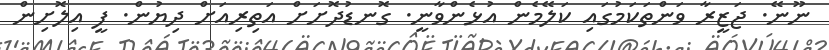
ނޫނޭ. ޖަޒީރާ ވަންތަކަމުގައި ކަލޭމެން އުޅެންވާނީ. ގޮނޑުދޮށަށް އަތިރިއަށް ދިޔުން. ފީ އިލޮށިން